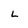
Character: L